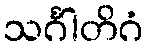
သင်္ဂါတိဂံ